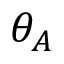
\theta _ { A }